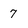
Character: 7